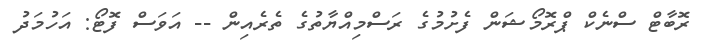
ރޮބާޓް ސްނެކް ޕްރޮމޯޝަން ފެށުމުގެ ރަސްމިއްޔާތުގެ ތެރެއިން -- އަވަސް ފޮޓޯ: އަހުމަދު